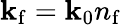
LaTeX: \mathbf{k}_{\mathrm{{f}}}=\mathbf{k}_{0}n_{\mathrm{{f}}}